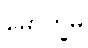
မောက္ခမှိ